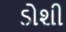
ડોશી